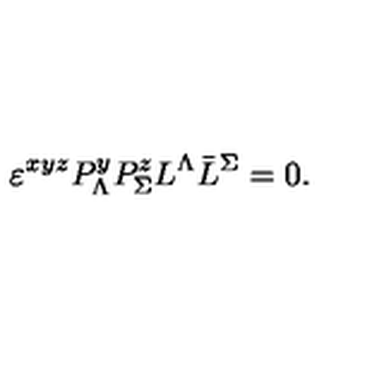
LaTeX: \varepsilon ^ { x y z } P _ { \Lambda } ^ { y } P _ { \Sigma } ^ { z } L ^ { \Lambda } \bar { L } ^ { \Sigma } = 0 .